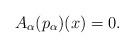
LaTeX: \begin{align*}A_\alpha(p_\alpha)(x) = 0. \end{align*}